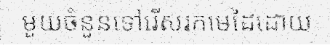
មួយចំនួនទៅរើសរកមេដៃដោយ